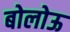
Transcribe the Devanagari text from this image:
बोलोऊ